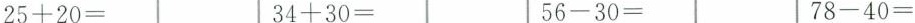
$$2 5 + 2 0 =$$$$3 4 + 3 0 =$$$$5 6 - 3 0 =$$$$7 8 - 4 0 =$$